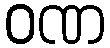
ဝဏ